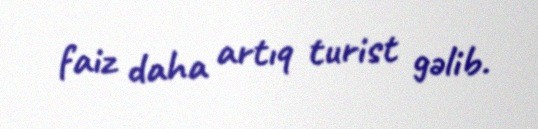
faiz daha artıq turist gəlib.